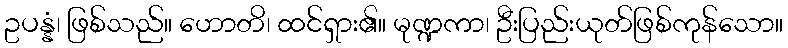
ဥပန္နံ၊ ဖြစ်သည်။ ဟောတိ၊ ထင်ရှား၏။ မုဏ္ဍကာ၊ ဦးပြည်းယုတ်ဖြစ်ကုန်သော။